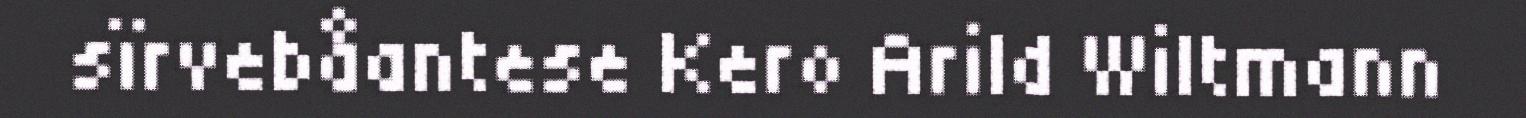
sïrvebåantese Kero Arild Wiltmann